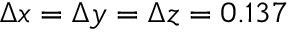
\Delta x = \Delta y = \Delta z = 0 . 1 3 7